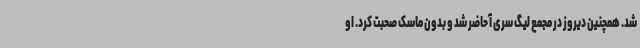
شد. همچنین دیروز در مجمع لیگ سری آ حاضر شد و بدون ماسک صحبت کرد. او